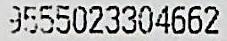
9555023304662